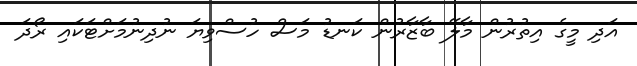
އަދި މީގެ އިތުރުން މާލޭ ބާޒާރުން ކަނޑު މަސް ހުސްވިޔަ ނުދިނުމަށްޓަކައި ރޯދަ